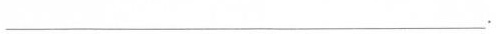
___.